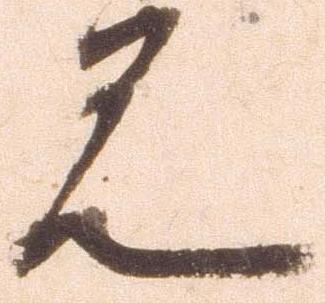
見